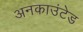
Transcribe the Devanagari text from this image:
अनकाउंटेड